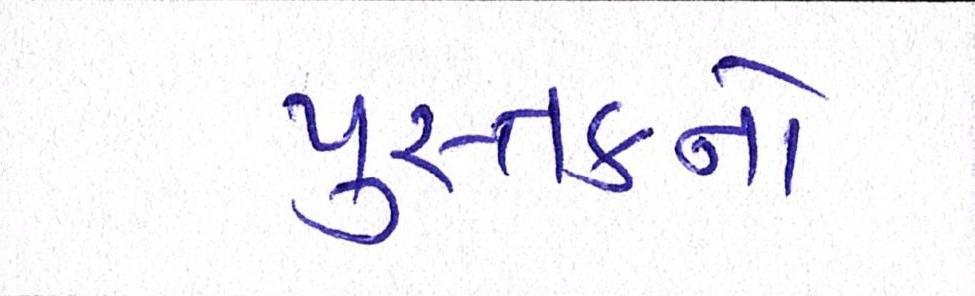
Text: પુસ્તકનો